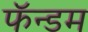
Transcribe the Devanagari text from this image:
फॅन्डम